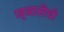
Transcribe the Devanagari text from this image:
ज्ञातीची